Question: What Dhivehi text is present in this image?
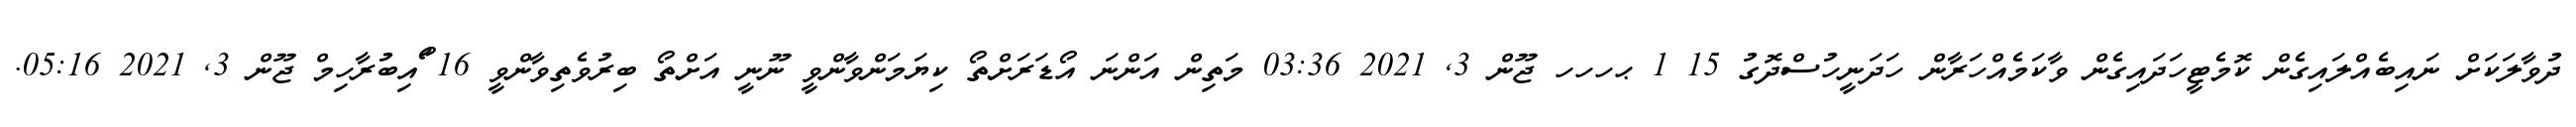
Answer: ދުވާލަކަށް ނައިބެއްލައިގެން ކޮމެޓީހަދައިގެން ވާކަމެއްހަރާން ހަދަނީހުސްދޮގު 15 1 ޙހހހ ޖޫން 3, 2021 03:36 މަތިން އަންނަ އޯޑަރަށްތޯ ކިޔަމަންވާންވީ ނޫނީ އަށްތޯ ބިރުވެތިވާންވީ 16 ޯައިބުރާހިމް ޖޫން 3, 2021 05:16.